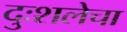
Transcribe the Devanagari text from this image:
दुःशलेचा